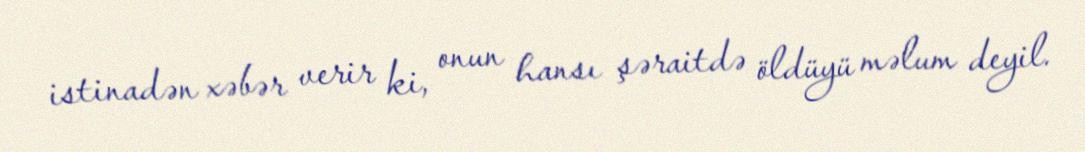
istinadən xəbər verir ki, onun hansı şəraitdə öldüyü məlum deyil.